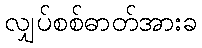
လျှပ်စစ်ဓာတ်အားခ